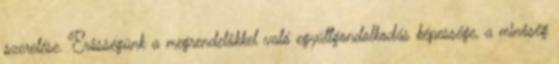
szerelése. Erôsségünk a megrendelôkkel való együttgondolkodás képessége, a minôség